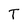
Character: T